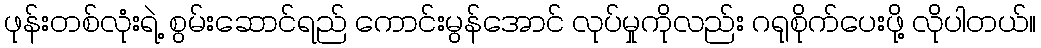
ဖုန်းတစ်လုံးရဲ့ စွမ်းဆောင်ရည် ကောင်းမွန်အောင် လုပ်မှုကိုလည်း ဂရုစိုက်ပေးဖို့ လိုပါတယ်။